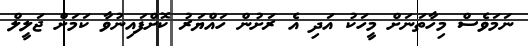
ނަމަވެސް މިހާތަނަށް މީހަކު އަދި އެ ރަށުން ހައްޔަރު ކޮށްފައިނުވާ ކަމަށް ޖަލީލް